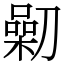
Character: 𠟯